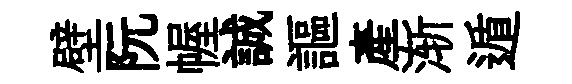
壁阮幄誠謳產渐遁